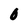
Character: O